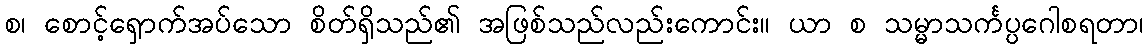
စ၊ စောင့်ရှောက်အပ်သော စိတ်ရှိသည်၏ အဖြစ်သည်လည်းကောင်း။ ယာ စ သမ္မာသင်္ကပ္ပဂေါစရတာ၊